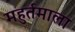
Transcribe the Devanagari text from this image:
महुर्तमाला